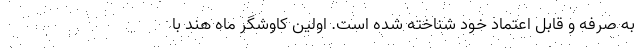
به صرفه و قابل اعتماد خود شناخته شده است. اولین کاوشگر ماه هند با